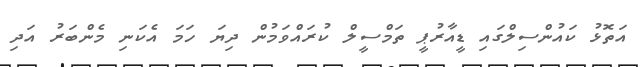
އަތޮޅު ކައުންސިލްގައި ޑީއާރުޕީ ތަމްސީލް ކުރައްވަމުން ދިޔަ ހަމަ އެކަނި މެންބަރު އަދި